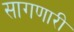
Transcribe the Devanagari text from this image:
सागणारी